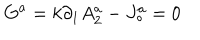
LaTeX: G ^ { a } = k \partial _ { 1 } A _ { 2 } ^ { a } - J _ { \circ } ^ { a } = 0